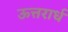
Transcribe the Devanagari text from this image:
ऊत्तरार्ध